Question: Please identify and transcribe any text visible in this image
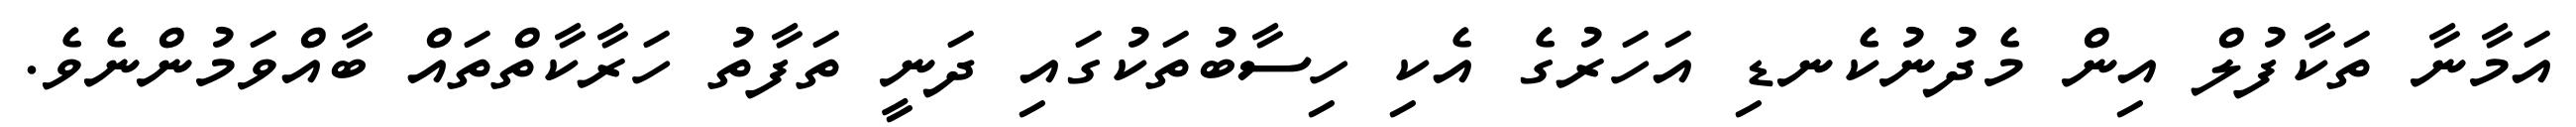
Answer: އަމާނާ ތަކާފުލް އިން މެދުނުކެނޑި އަހަރުގެ އެކި ހިސާބުތަކުގައި ދަނީ ތަފާތު ހަރާކާތްތައް ބާއްވަމުންނެވެ.